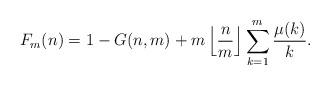
LaTeX: \begin{align*}F_m(n) = 1 - G(n,m) + m \left \lfloor \frac{n}{m} \right \rfloor \sum_{k=1}^m \frac{\mu(k)}{k}.\end{align*}